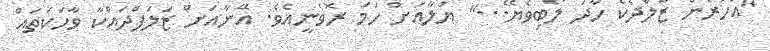
"އަހަރެން ޒާލްދެކެ ހާދަ ލޯބިވެޔޭ..." ޔަލާއަށް ހަމަ ރޮވެނީއެވެ. އޭނާއަށް ޒަލަފްދައްކާ ވާހަކަތައް